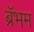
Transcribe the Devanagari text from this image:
ब्रॅभम